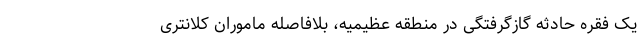
یک فقره حادثه گازگرفتگی در منطقه عظیمیه، بلافاصله ماموران کلانتری